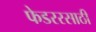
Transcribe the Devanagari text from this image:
फेडररसाठी